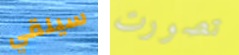
سيلقي تصورت